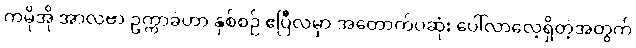
ကမိုအို အာလဗာ ဥက္ကာခဲဟာ နှစ်စဉ် ဧပြီလမှာ အတောက်ပဆုံး ပေါ်လာလေ့ရှိတဲ့အတွက်